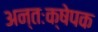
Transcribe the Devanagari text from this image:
अन्तःक्षेपक